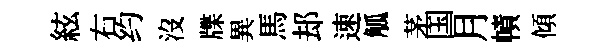
絃右约沒牒異馬𨚫速觚茅国月幘傾